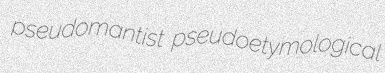
pseudomantist pseudoetymological